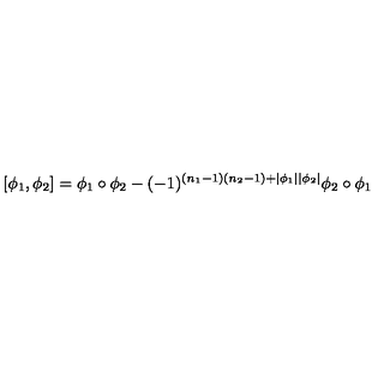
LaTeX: [ \phi _ { 1 } , \phi _ { 2 } ] = \phi _ { 1 } \circ \phi _ { 2 } - ( - 1 ) ^ { ( n _ { 1 } - 1 ) ( n _ { 2 } - 1 ) + | \phi _ { 1 } | | \phi _ { 2 } | } \phi _ { 2 } \circ \phi _ { 1 }